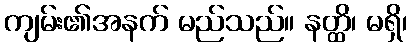
ကျမ်း၏အနက် မည်သည်။ နတ္ထိ၊ မရှိ၊